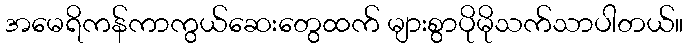
အမေရိကန်ကာကွယ်ဆေးတွေထက် များစွာပိုမိုသက်သာပါတယ်။